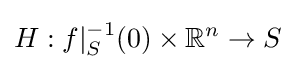
H:f|_{S}^{-1}(0)\times \mathbb {R} ^{n}\to S